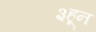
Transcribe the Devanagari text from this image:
३हून